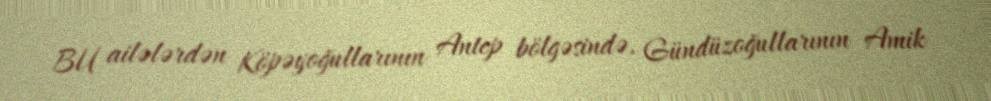
BU ailələrdən Köpəyoğullarının Antep bölgəsində, Gündüzoğullarının Amik